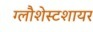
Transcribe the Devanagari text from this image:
ग्लौशेस्टशायर